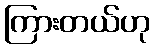
ကြားတယ်ဟု